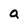
Character: a